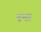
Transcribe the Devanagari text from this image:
कूर्मीः